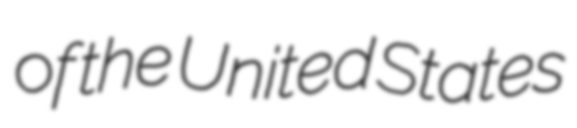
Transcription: of the United States